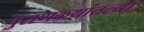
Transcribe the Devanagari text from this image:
पुराणकथांतल्या